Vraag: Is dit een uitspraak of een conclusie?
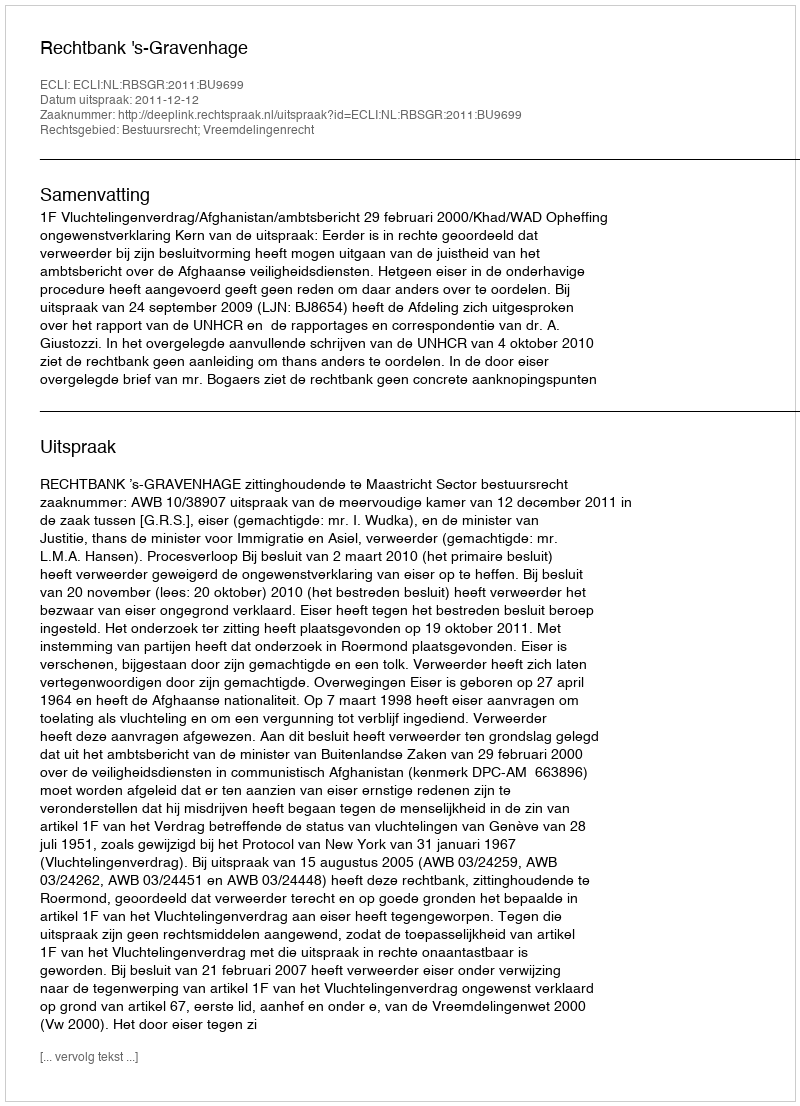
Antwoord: Uitspraak